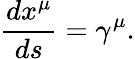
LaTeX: \frac{dx^{\mu}}{ds}=\gamma^{\mu}.